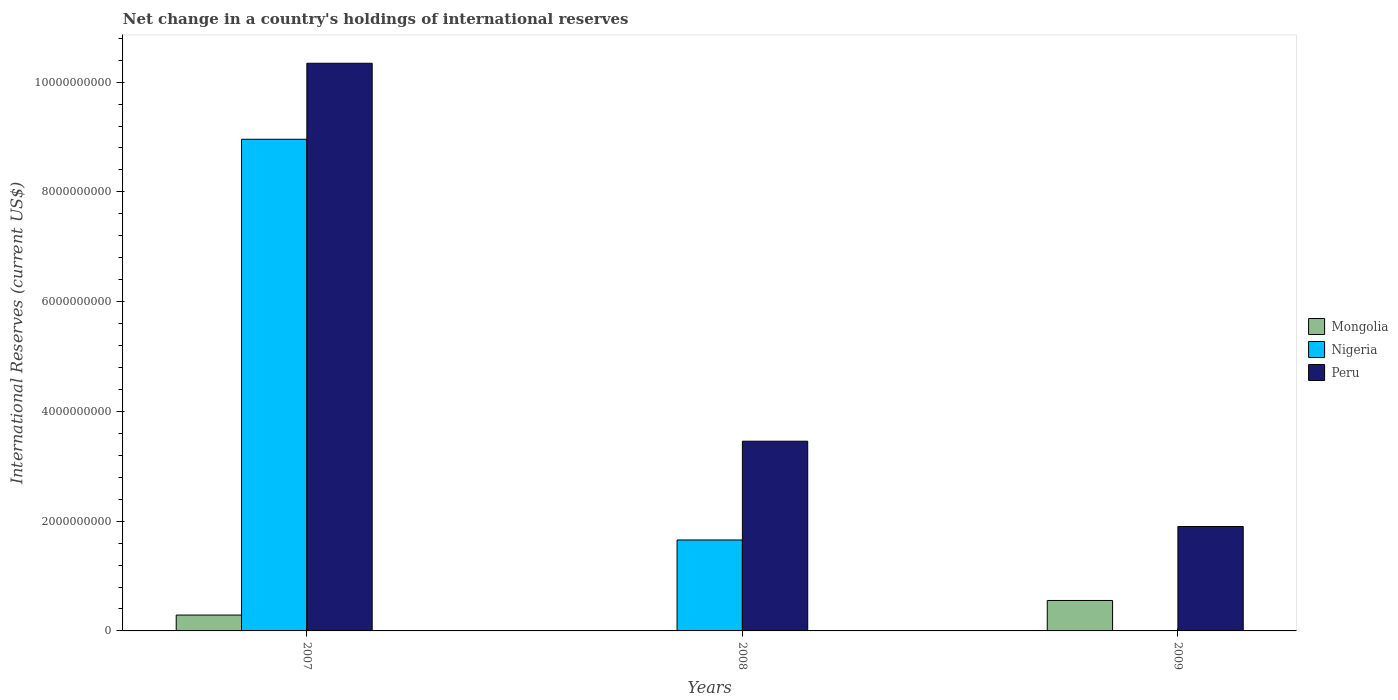
| Years | Mongolia | Nigeria | Peru |
 | --- | --- | --- | --- |
 | 2007 | 2.89e+08 | 8.96e+09 | 1.03e+10 |
 | 2008 | -2.33e+08 | 1.66e+09 | 3.46e+09 |
 | 2009 | 5.55e+08 | -1.05e+10 | 1.9e+09 |